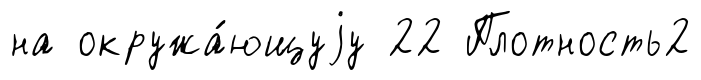
на окружа́ющуjу 22 Плотность2